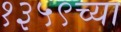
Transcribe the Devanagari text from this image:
१३५९च्या